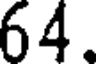
64.